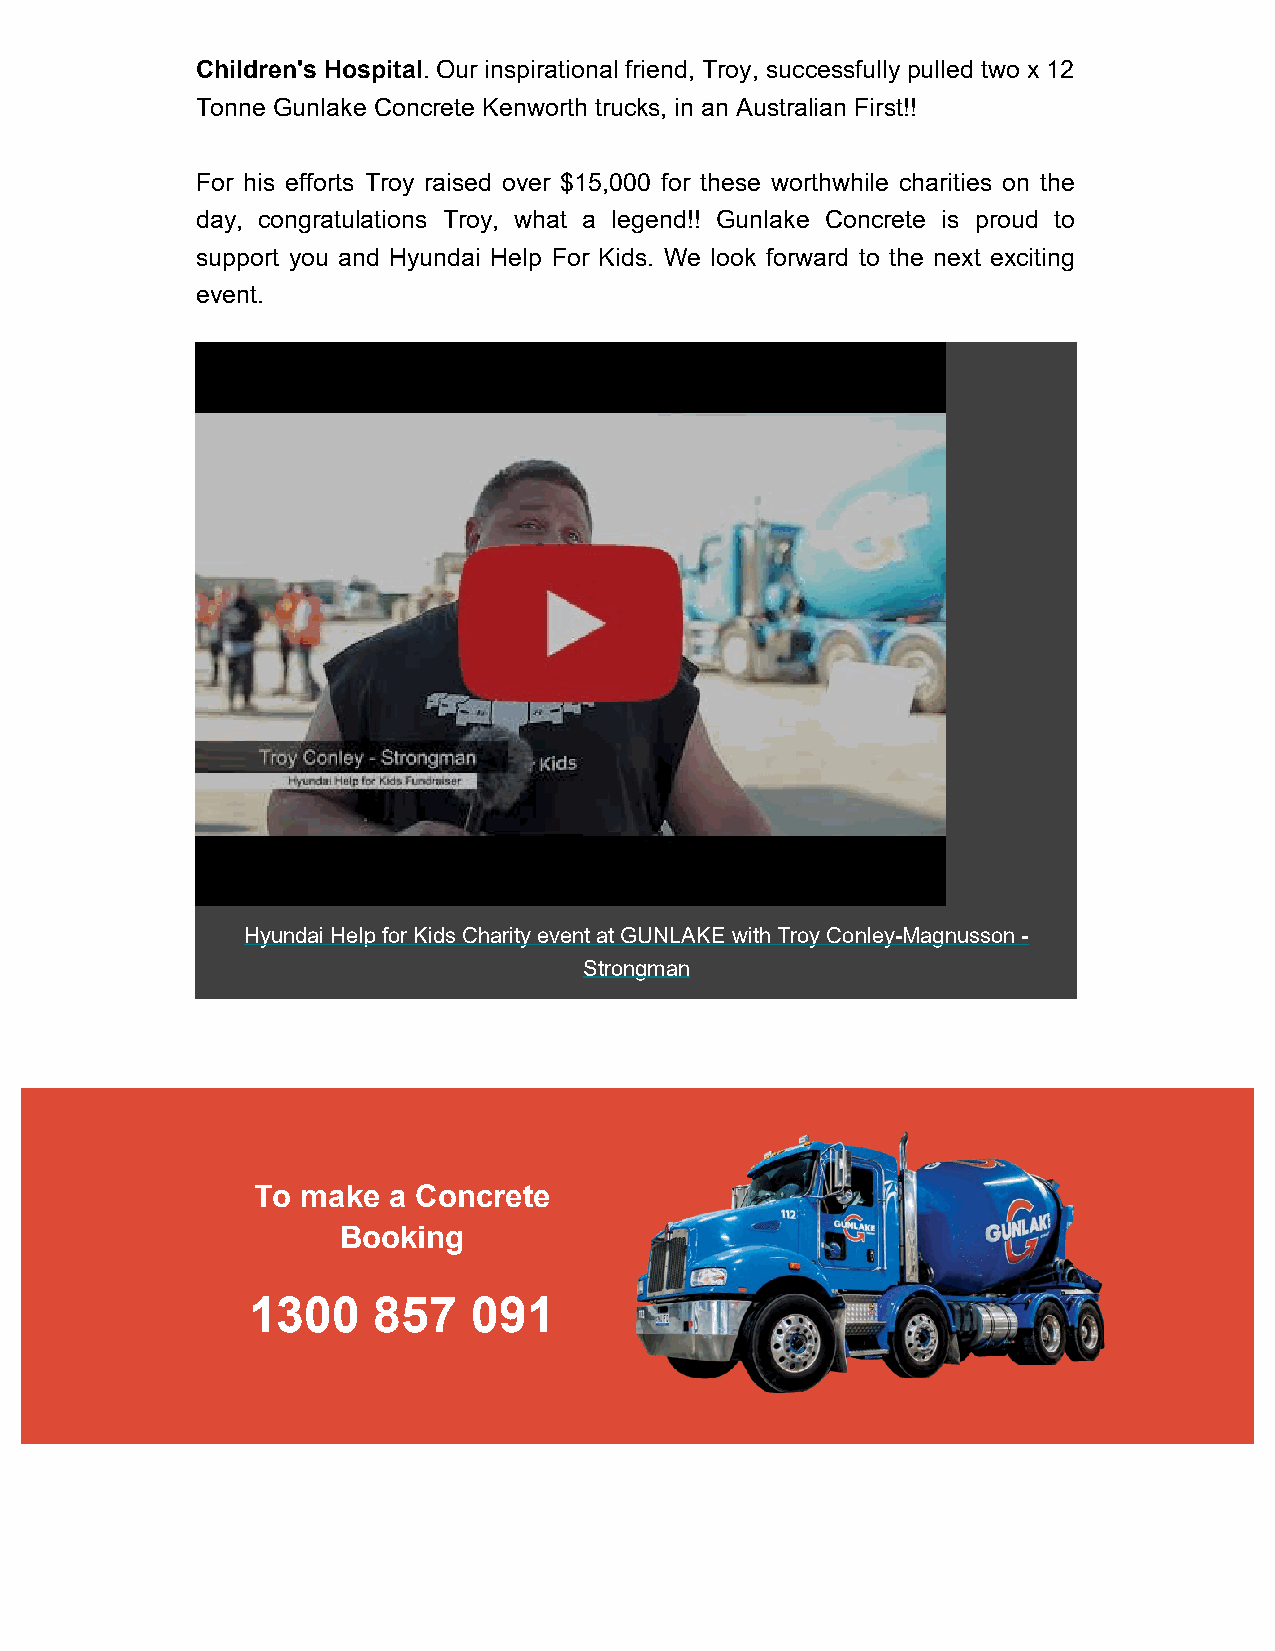
Children's Hospital. Our inspirational friend, Troy, successfully pulled two x 12
 Tonne Gunlake Concrete Kenworth trucks, in an Australian First!!
 For his efforts Troy raised over $15,000 for these worthwhile charities on the
 day, congratulations Troy, what a legend!! Gunlake Concrete is proud to
 support you and Hyundai Help For Kids. We look forward to the next exciting
 event.
 Hyundai Help for Kids Charity event at GUNLAKE with Troy Conley-Magnusson -
 Strongman
 To make  a Concrete
 Booking
 1300     857   091